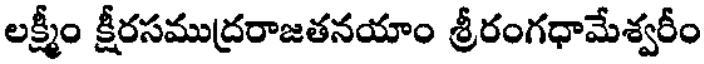
లక్ష్మీం క్షీరసముద్రరాజతనయాం శ్రీరంగధామేశ్వరీం